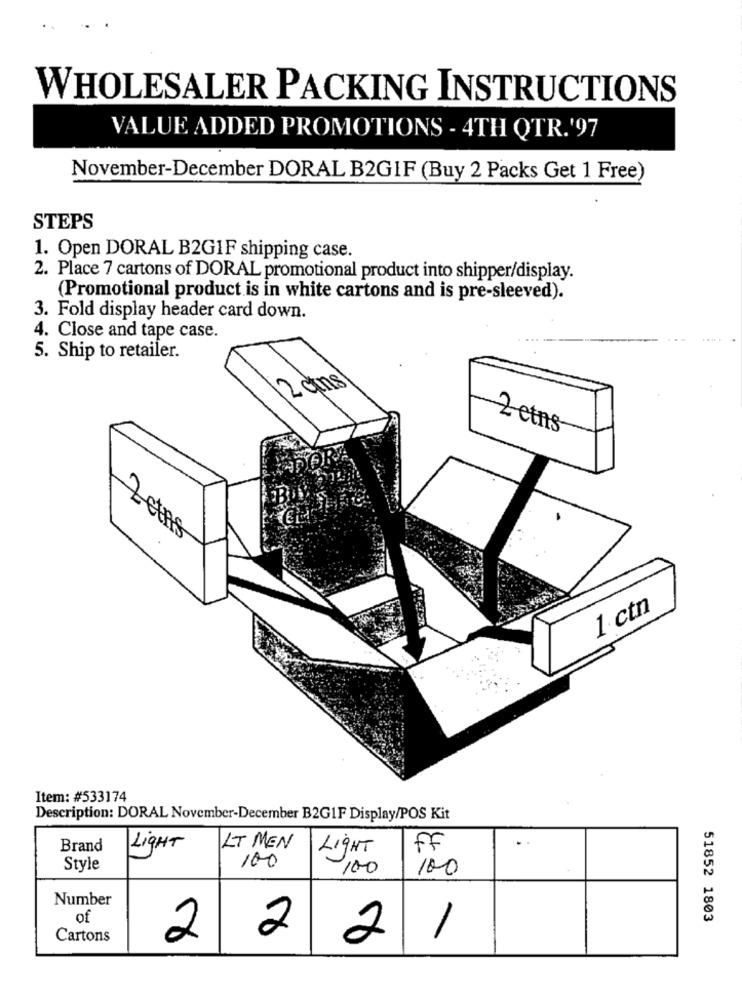
WHOLESALER PACKING INSTRUCTIONS
VALUE ADDED PROMOTIONS - 4TH QTR.'97
November-December DORAL B2GIF (Buy 2 Packs Get 1 Free)
STEPS
1. Open DORAL B2G1F shipping case.
2. Place 7 cartons of DORAL promotional product into shipper/display.
(Promotional product is in white cartons and is pre-sleeved).
3. Fold display header card down.
4. Close and tape case.
5. Ship to retailer.
12 ans
2 etns-
1 ctn
Item: #533174
Description: DORAL November-December B2G1F Display/POS Kit
Brand
LIGHT
LT MEN
LigHT
FF
100
Style
100
100
Number
of
51852 1803
Cartons
2
2
2
-